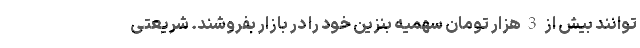
توانند بیش از 3 هزار تومان سهمیه بنزین خود را در بازار بفروشند. شریعتی